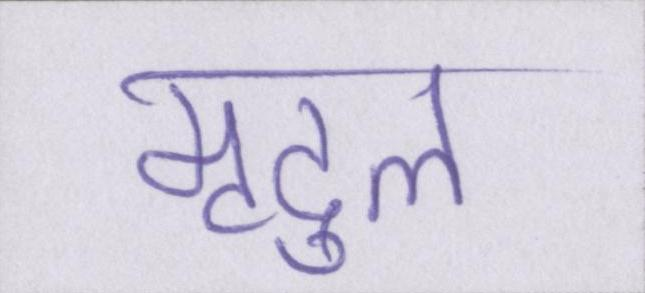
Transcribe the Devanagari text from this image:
मृदुल